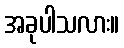
အခုပါသလား။